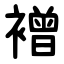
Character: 䙢